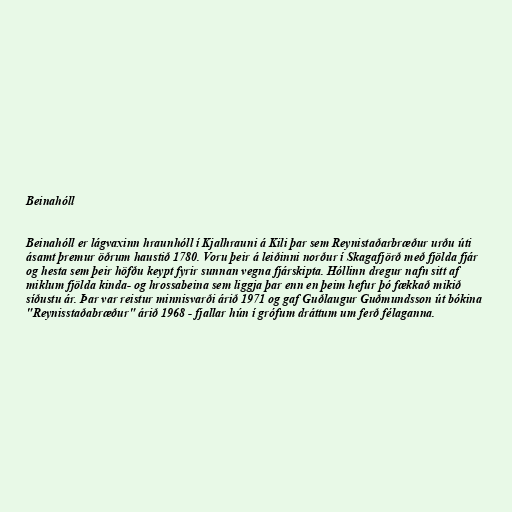
Beinahóll

Beinahóll er lágvaxinn hraunhóll í Kjalhrauni á Kili þar sem Reynistaðarbræður urðu úti
ásamt þremur öðrum haustið 1780. Voru þeir á leiðinni norður í Skagafjörð með fjölda fjár
og hesta sem þeir höfðu keypt fyrir sunnan vegna fjárskipta. Hóllinn dregur nafn sitt af
miklum fjölda kinda- og hrossabeina sem liggja þar enn en þeim hefur þó fækkað mikið
síðustu ár. Þar var reistur minnisvarði árið 1971 og gaf Guðlaugur Guðmundsson út bókina
"Reynisstaðabræður" árið 1968 - fjallar hún í grófum dráttum um ferð félaganna.